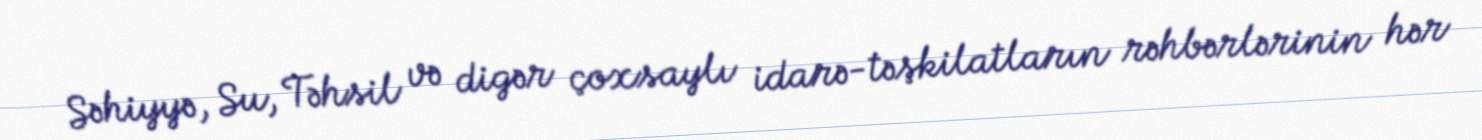
Səhiyyə, Su, Təhsil və digər çoxsaylı idarə-təşkilatların rəhbərlərinin hər